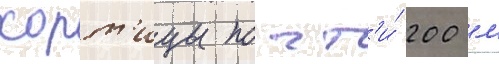
хорт'ицы почт'и́ 200 м